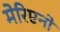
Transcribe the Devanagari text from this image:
मेरिएनो